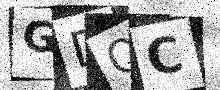
Text: GDOC